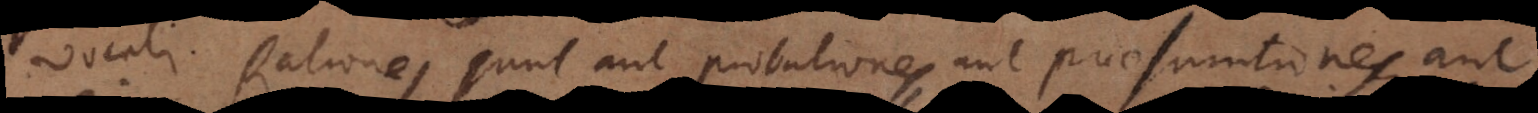
vocali. Rationes sunt aut probationes, aut praesumtiones, aut